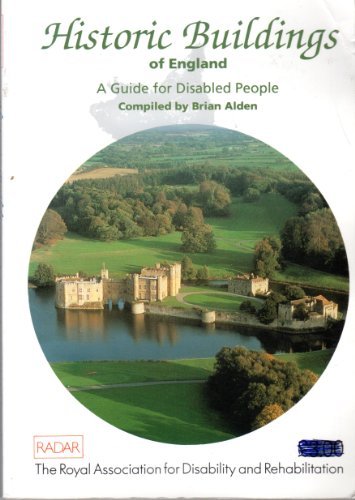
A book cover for Historic Buildings of England: A Guide for Disabled People; Brian Alden; Travel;